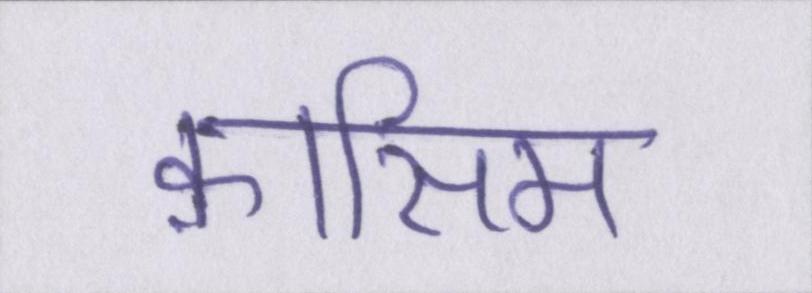
क़ासिम